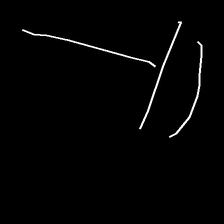
Glyph: dispersion